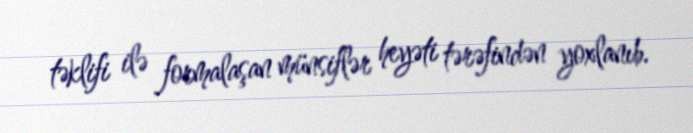
təklifi ilə formalaşan münsiflər heyəti tərəfindən yoxlanıb.